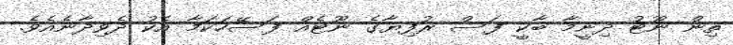
ތިން ނޫޓު ދިނީމާ ބާކީ ފަސް ރުފިޔާގެ ނޫޓެއް ފަސޭހަކަމާ އެކު ދެވިދާނެއެވެ.